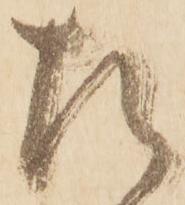
た